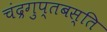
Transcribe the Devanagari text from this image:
चंद्रगुप्तबस्ति